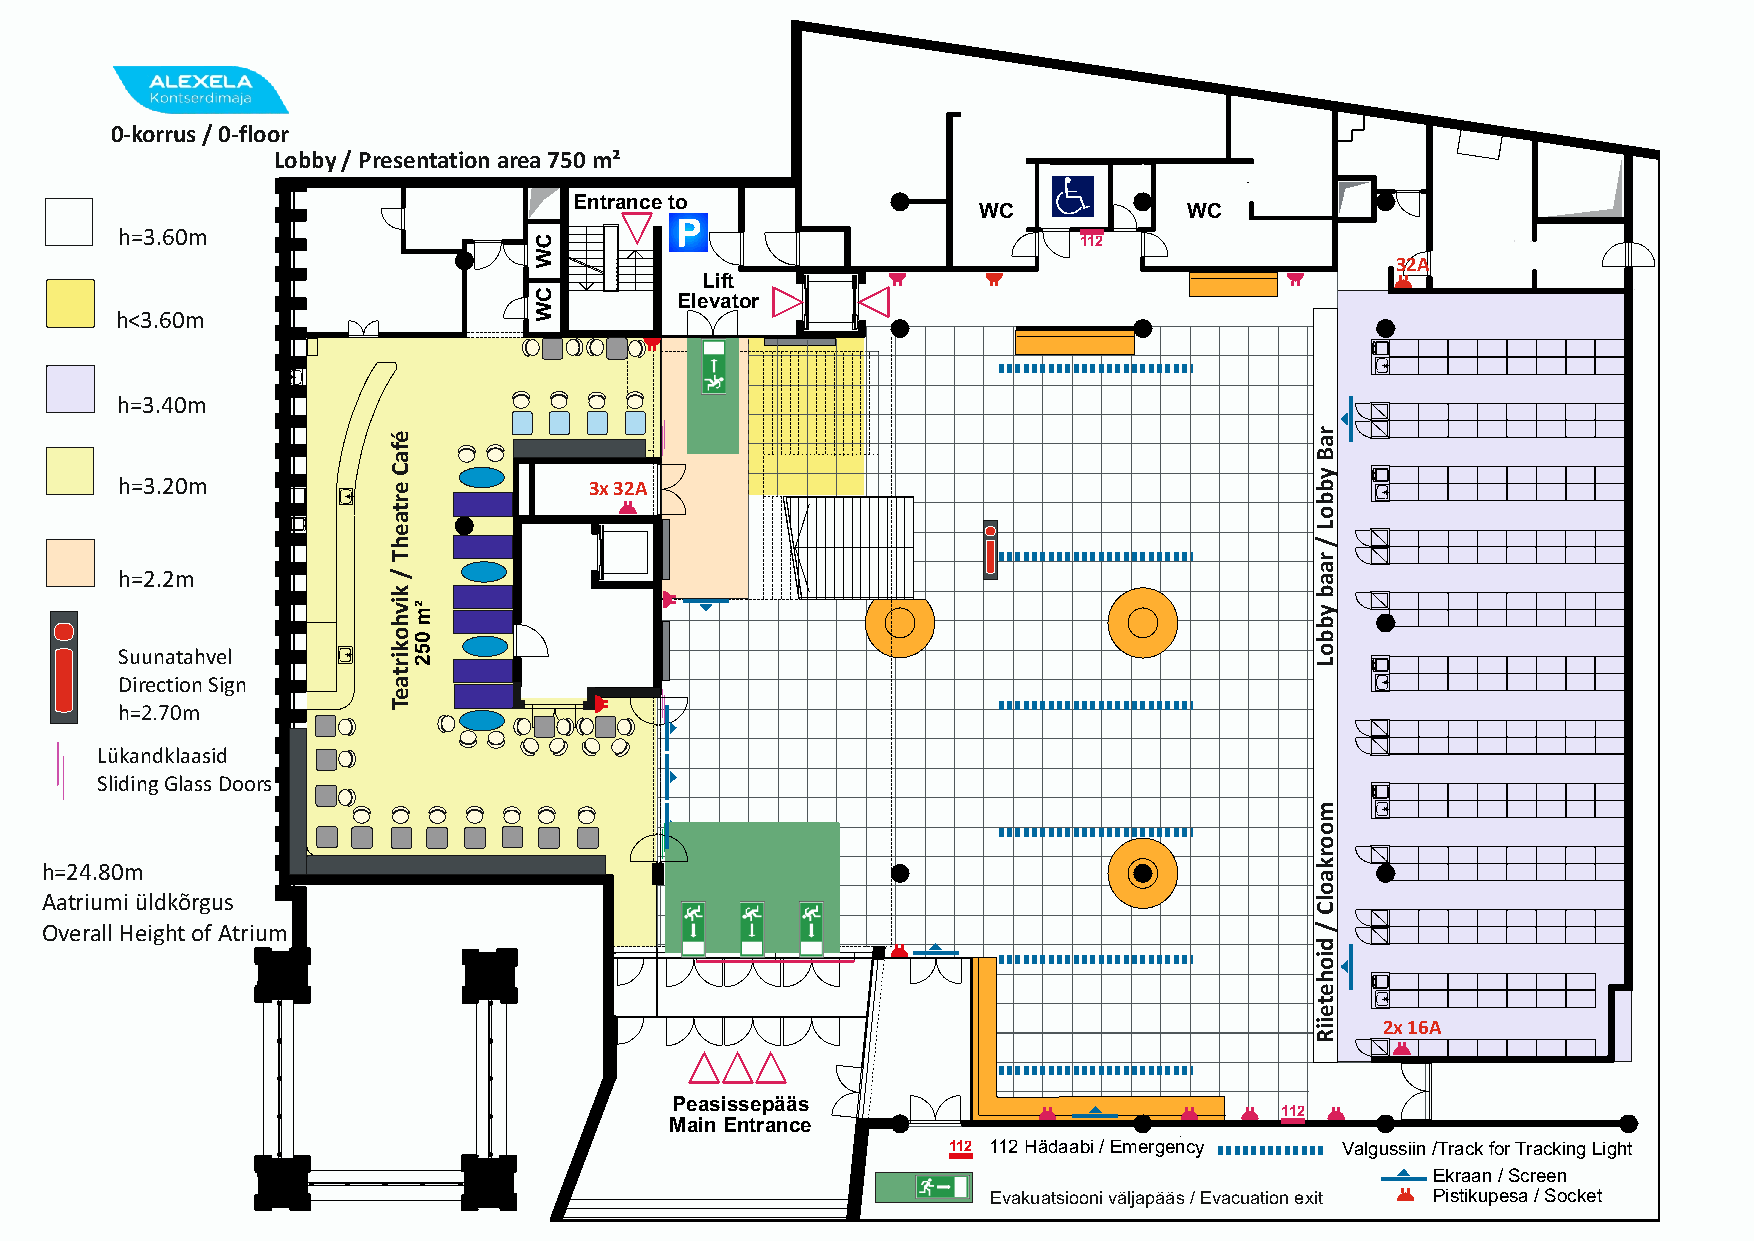
0-korrus / 0-floor
 Lobby / Presentation area 750 m²
 Entrance to
 WC            WC
 h=3.60m
 112
 32A
 Lift
 Elevator
 h<3.60m
 h=3.40m
 h=3.20m                        3x 32A
 i
 h=2.2m
 i
 Suunatahvel
 Direction Sign
 h=2.70m
 Lükandklaasid
 Sliding Glass Doors
 h=24.80m
 Aatriumi üldkõrgus
 Overall Height of Atrium
 2x 16A
 Peasissepääs
 112
 Main Entrance
 112 112 Hädaabi / Emergency Valgussiin /Track for Tracking Light
 Ekraan / Screen
 Evakuatsiooni väljapääs / Evacuation exit Pistikupesa / Socket
 éfaC
 ertaehT
 /
 kivhokirtaeT
 raB
 ybboL
 /
 raab
 ybboL
 moorkaolC
 /
 dioheteiiR